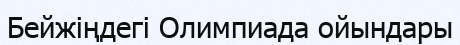
Бейжіңдегі Олимпиада ойындары